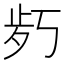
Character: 𱥍